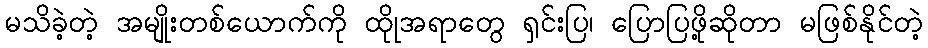
မသိခဲ့တဲ့ အမျိုးတစ်ယောက်ကို ထိုုအရာတွေ ရှင်းပြ၊ ပြောပြဖို့ဆိုတာ မဖြစ်နိုင်တဲ့